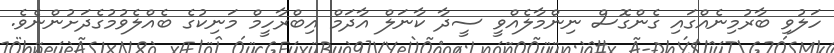
ހަލުވި ބާރުމިނެއްގައި ގެންގޮސް ނިންމާލެއްވީ ސީދާ ކާނަލް އާދަމް އިބްރާހީމް މަނިކުގެ ބެއްލެވުމުގެދަށުންނެވެ.